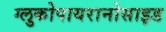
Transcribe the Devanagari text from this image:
ग्लुकोपायरानोसाइड